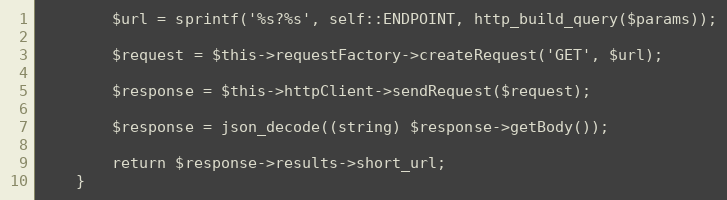
Language: PHP
        $url = sprintf('%s?%s', self::ENDPOINT, http_build_query($params));

        $request = $this->requestFactory->createRequest('GET', $url);

        $response = $this->httpClient->sendRequest($request);

        $response = json_decode((string) $response->getBody());

        return $response->results->short_url;
    }